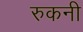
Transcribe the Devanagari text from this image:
रुकनी